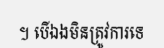
។ បើឯងមិនត្រូវការទេ